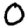
Digit: 0